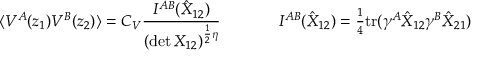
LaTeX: \begin{array} { c c } { { \displaystyle { \langle V ^ { A } ( z _ { 1 } ) V ^ { B } ( z _ { 2 } ) \rangle = C _ { V } \frac { I ^ { A B } ( \hat { { \cal X } } _ { 1 2 } ) } { ( \operatorname * { d e t } { \cal X } _ { 1 2 } ) ^ { \frac { 1 } { 2 } \eta } } } ~ ~ ~ ~ } } & { { ~ ~ ~ ~ I ^ { A B } ( \hat { { \cal X } } _ { 1 2 } ) = \textstyle { \frac { 1 } { 4 } } \mathrm { t r } ( \gamma ^ { A } \hat { { \cal X } } _ { 1 2 } \gamma ^ { B } \hat { { \cal X } } _ { 2 1 } ) } } \end{array}